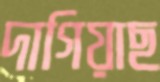
দাগিয়াছ